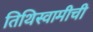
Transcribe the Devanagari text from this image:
तिथिस्वामीची